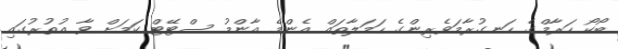
ބޯކޯ ހަރާމްގެ ހަނގުރާމަވެރިންގެ ހަމަލާތައް އެންމެ އާންމު ސްޓޭޓް ކަމަށް ވާ އުތުރުގައި